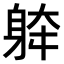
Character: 𨉀